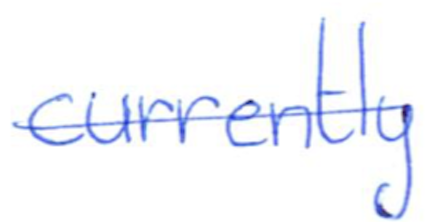
Text: currently
Cross-out: single-line
Writing tool: ballpoint